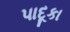
પાદૂકા